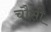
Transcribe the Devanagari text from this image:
चौसी